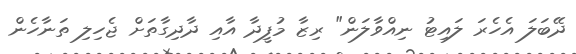
ދޭބަލަ އެހެރަ ލައިޓު ނިއްވާލަން" ރިޒާ މުފީދާ އާއި ދާދިގާތަށް ޖެހިލި ތަނާހެން